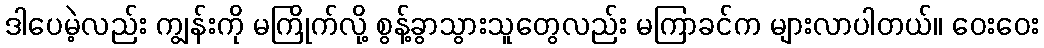
ဒါပေမဲ့လည်း ကျွန်းကို မကြိုက်လို့ စွန့်ခွာသွားသူတွေလည်း မကြာခင်က များလာပါတယ်။ ဝေးဝေး